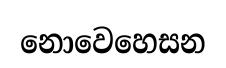
නොවෙහෙසන